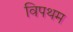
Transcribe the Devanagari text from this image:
विपथम